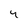
Character: 4